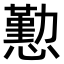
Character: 懃